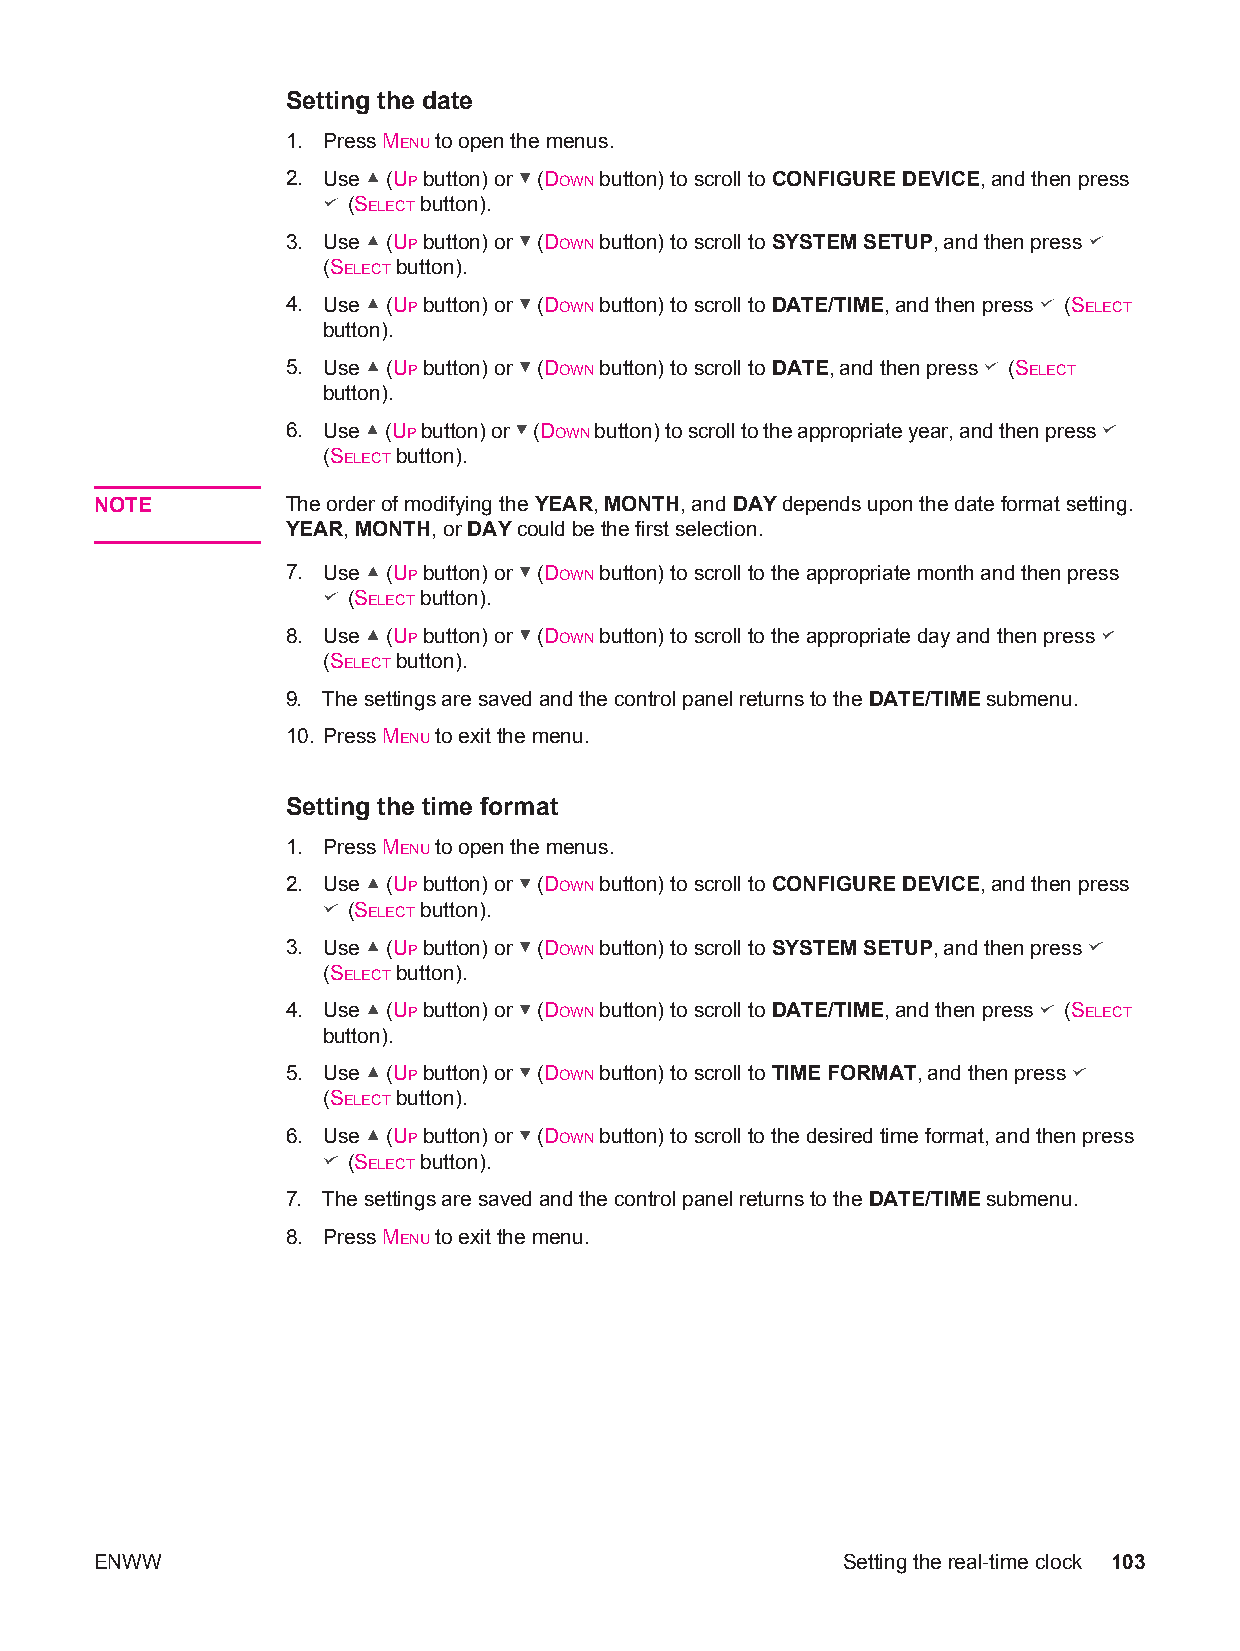
Setting the date
 1. Press MENU to open the menus.
 2. Use (UP button) or (DOWN button) to scroll to CONFIGURE DEVICE, and then press
 (SELECT button).
 3. Use (UP button) or (DOWN button) to scroll to SYSTEM SETUP, and then press
 (SELECT button).
 4. Use (UP button) or (DOWN button) to scroll to DATE/TIME, and then press (SELECT
 button).
 5. Use (UP button) or (DOWN button) to scroll to DATE, and then press (SELECT
 button).
 6. Use (UP button) or (DOWN button) to scroll to the appropriate year, and then press
 (SELECT button).
 NOTE         The order of modifying the YEAR, MONTH, and DAY depends upon the date format setting.
 YEAR, MONTH, or DAY could be the first selection.
 7. Use (UP button) or (DOWN button) to scroll to the appropriate month and then press
 (SELECT button).
 8. Use (UP button) or (DOWN button) to scroll to the appropriate day and then press
 (SELECT button).
 9. The settings are saved and the control panel returns to the DATE/TIME submenu.
 10. Press MENU to exit the menu.
 Setting the time format
 1. Press MENU to open the menus.
 2. Use (UP button) or (DOWN button) to scroll to CONFIGURE DEVICE, and then press
 (SELECT button).
 3. Use (UP button) or (DOWN button) to scroll to SYSTEM SETUP, and then press
 (SELECT button).
 4. Use (UP button) or (DOWN button) to scroll to DATE/TIME, and then press (SELECT
 button).
 5. Use (UP button) or (DOWN button) to scroll to TIME FORMAT, and then press
 (SELECT button).
 6. Use (UP button) or (DOWN button) to scroll to the desired time format, and then press
 (SELECT button).
 7. The settings are saved and the control panel returns to the DATE/TIME submenu.
 8. Press MENU to exit the menu.
 ENWW                                              Setting the real-time clock 103